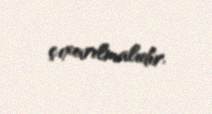
çıxarılmalıdır.